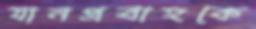
যানপ্রবাহকে